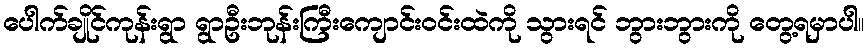
ပေါက်ချိုင်ကုန်းရွာ ရွာဦးဘုန်းကြီးကျောင်းဝင်းထဲကို သွားရင် ဘွားဘွားကို တွေ့ရမှာပါ။